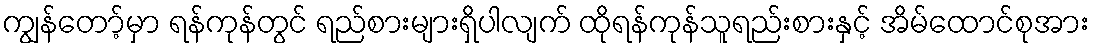
ကျွန်တော့်မှာ ရန်ကုန်တွင် ရည်စားများရှိပါလျက် ထိုရန်ကုန်သူရည်းစားနှင့် အိမ်ထောင်စုအား